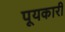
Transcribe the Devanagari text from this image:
पूयकारी